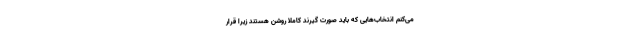
می‌کنم انتخاب‌هایی که باید صورت گیرند کاملاً روشن هستند زیرا قرار